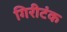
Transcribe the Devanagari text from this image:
गिरीटंक